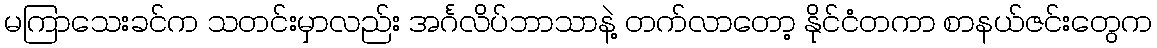
မကြာသေးခင်က သတင်းမှာလည်း အင်္ဂလိပ်ဘာသာနဲ့ တက်လာတော့ နိုင်ငံတကာ စာနယ်ဇင်းတွေက